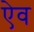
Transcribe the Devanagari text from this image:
ऐव